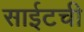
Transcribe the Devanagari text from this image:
साईटची